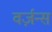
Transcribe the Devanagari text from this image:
वर्ज़न्स